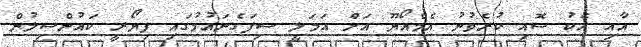
އާއި އެކު ސޮއި ކުރެވުނު އެމްއޯޔޫ އަށް އަމަލީ ސިފަގެނައުމުގައި ފިޔޯރީ ކައުންސިލުން